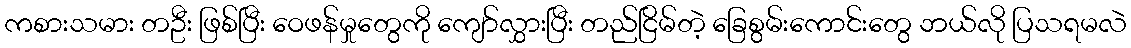
ကစားသမား တဦး ဖြစ်ပြီး ဝေဖန်မှုတွေကို ကျော်လွှားပြီး တည်ငြိမ်တဲ့ ခြေစွမ်းကောင်းတွေ ဘယ်လို ပြသရမလဲ